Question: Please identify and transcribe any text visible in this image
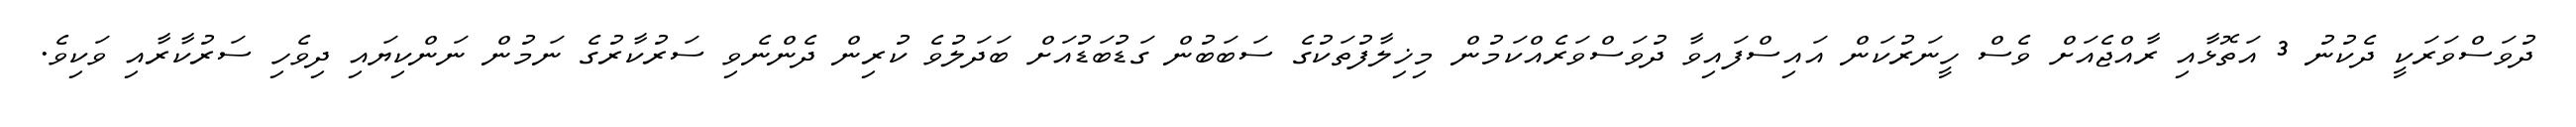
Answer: ދުވަސްވަރަކީ ދެކުނު 3 އަތޮޅާއި ރާއްޖެއަށް ވެސް ހީނަރުކަން އައިސްފައިވާ ދުވަސްވަރެއްކަމުން މިޚިލާފުތަކުގެ ސަބަބުން ގަޑުބަޑުއަށް ބަދަލުވެ ކުރިން ދެންނެވި ސަރުކާރުގެ ނަމުން ނަންކިޔައި ދިވެހި ސަރުކާރާއި ވަކިވެ.